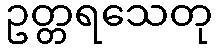
ဥတ္တရသေတု